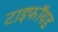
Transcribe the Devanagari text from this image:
टाइफॉयड